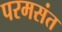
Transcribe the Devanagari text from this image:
परमसंत